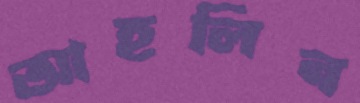
আহলিন